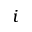
i